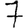
Digit: 7